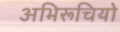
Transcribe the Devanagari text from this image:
अभिरूचियो